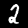
Label: 2